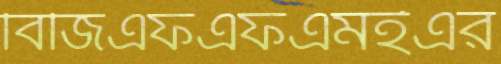
বিজিএফএফএমইএর